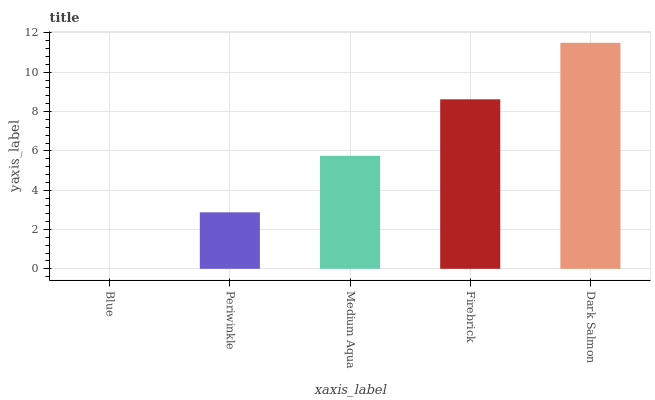
| xaxis_label | bars |
 | --- | --- |
 | Blue | 0 |
 | Periwinkle | 2.87 |
 | Medium Aqua | 5.75 |
 | Firebrick | 8.62 |
 | Dark Salmon | 11.5 |